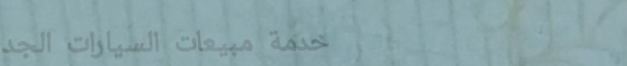
خدمة مبيعات السيارات الجد